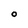
Character: O